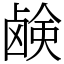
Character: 𫠗